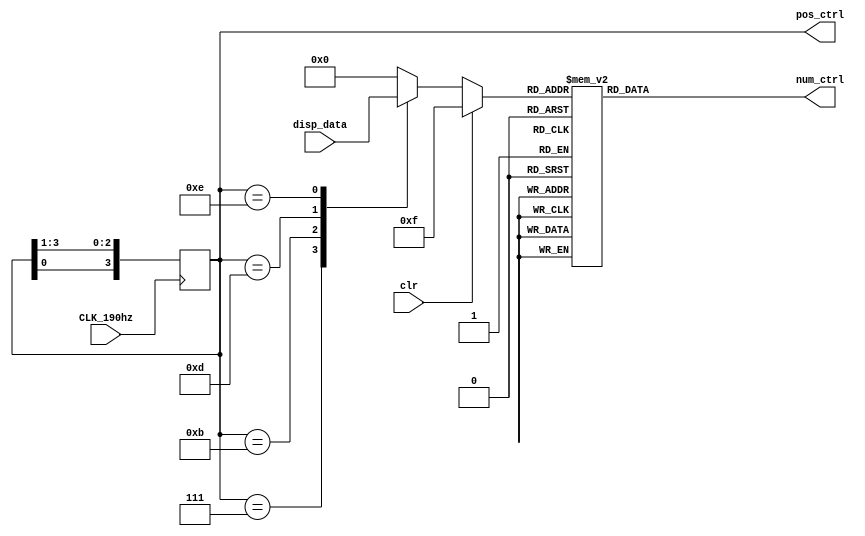
`timescale 1ns / 1ps
//////////////////////////////////////////////////////////////////////////////////
// Company: 
// Engineer: 
// 
// Design Name: 
// Module Name: displayReg
// Project Name: 
// Target Devices: 
// Tool Versions: 
// Description: 
// 
// Dependencies: 
// 
// Revision:
// Revision 0.01 - File Created
// Additional Comments:
// 
//////////////////////////////////////////////////////////////////////////////////


module displayReg(
        input wire CLK_190hz,
        input wire [15:0]disp_data,
        input wire clr,
        output wire [3:0]pos_ctrl,
        output wire [7:0]num_ctrl
    );
    reg [3:0] pos_sign = 4'b1011;
    
    always@(posedge CLK_190hz) begin
      pos_sign = {pos_sign[0], pos_sign[3:1]};
    end
    assign pos_ctrl = pos_sign;
    
    reg [3:0] cur_data;
    always@(*) begin
        if (clr == 1) 
            cur_data = 4'b1111;
        else
          case(pos_sign)
                4'b0111: cur_data = disp_data[15:12];
                4'b1011: cur_data = disp_data[11:8];
                4'b1101: cur_data = disp_data[7:4];
                4'b1110: cur_data = disp_data[3:0];
                default: cur_data = 4'b0000;
          endcase
    end
    
    reg[7:0] num_sign;
    always @(cur_data) begin
      case(cur_data)
            4'h0:num_sign=8'b1100_0000;//0
            4'h1:num_sign=8'b1111_1001;//1
            4'h2:num_sign=8'b1010_0100;//2
            4'h3:num_sign=8'b1011_0000;//3
            4'h4:num_sign=8'b1001_1001;//4
            4'h5:num_sign=8'b1001_0010;//5
            4'h6:num_sign=8'b1000_0010;//6
            4'h7:num_sign=8'b1111_1000;//7
            4'h8:num_sign=8'b1000_0000;//8
            4'h9:num_sign=8'b1001_0000;//9
            4'ha:num_sign=8'b1000_1000;//A
            4'hb:num_sign=8'b1000_0011;//b
            4'hc:num_sign=8'b1100_0110;//C
            4'hd:num_sign=8'b1010_0001;//d
            4'he:num_sign=8'b1000_0110;//E
            4'hf:num_sign=8'b1000_1110;//F
            default: num_sign = 8'b1111_1111;
       endcase
    end 
    
    assign num_ctrl = num_sign;
endmodule